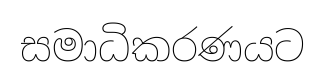
සමාධිකරණයට